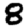
Digit: 8